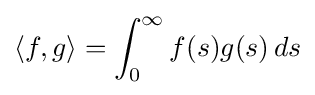
\langle f,g\rangle =\int _{0}^{\infty }f(s)g(s)\,ds